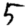
Digit: 5